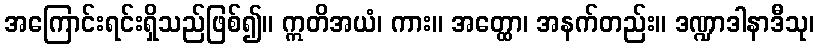
အကြောင်းရင်းရှိသည်ဖြစ်၍။ ဣတိအယံ၊ ကား။ အတ္ထော၊ အနက်တည်း။ ဒဏ္ဍာဒါနာဒီသု၊